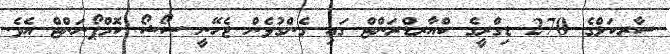
ސާރކަލްގެ 270 ޑިގްރީގެ ކްއާރޑްރަންޓް ގައި ގެންގުޅެން ޖެހޭނީ ސޯޝޯ ކޮމްޕޯނަންޓް އެވެ.